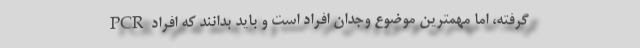
گرفته، اما مهمترین موضوع وجدان افراد است و باید بدانند که افراد PCR